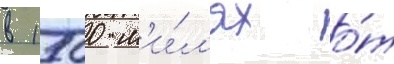
в 1500 м'и́л'ях о́т